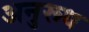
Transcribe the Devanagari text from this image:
अनुरूध